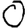
Digit: 0